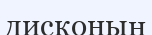
дисконың